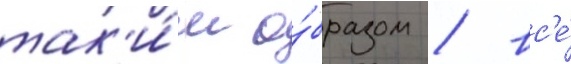
так'и́м о́бразом / вс'е́